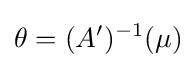
\theta =(A')^{-1}(\mu )